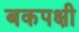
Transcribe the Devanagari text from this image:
बकपक्षी